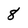
Character: 8